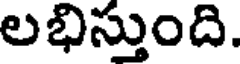
లభిస్తుంది.